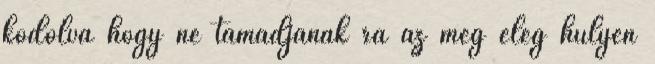
kódolva hogy ne támadjanak rá az meg elég hülyén